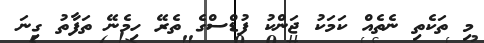
މި ތަކެތި ނެތެއް ކަމަކު ޖަންކު ފުޑްސްގެ ތެރޭ ހިމެނޭ ތަފާތު ގިނަ